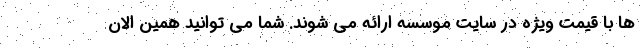
ها با قیمت ویژه در سایت موسسه ارائه می شوند. شما می توانید همین الان